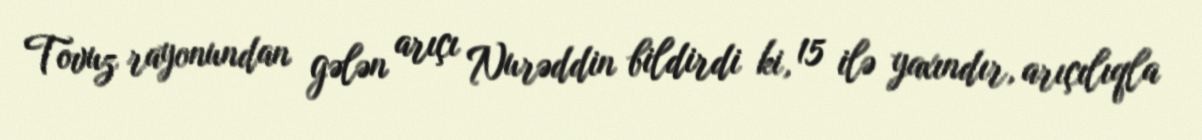
Tovuz rayonundan gələn arıçı Nurəddin bildirdi ki, 15 ilə yaxındır, arıçılıqla